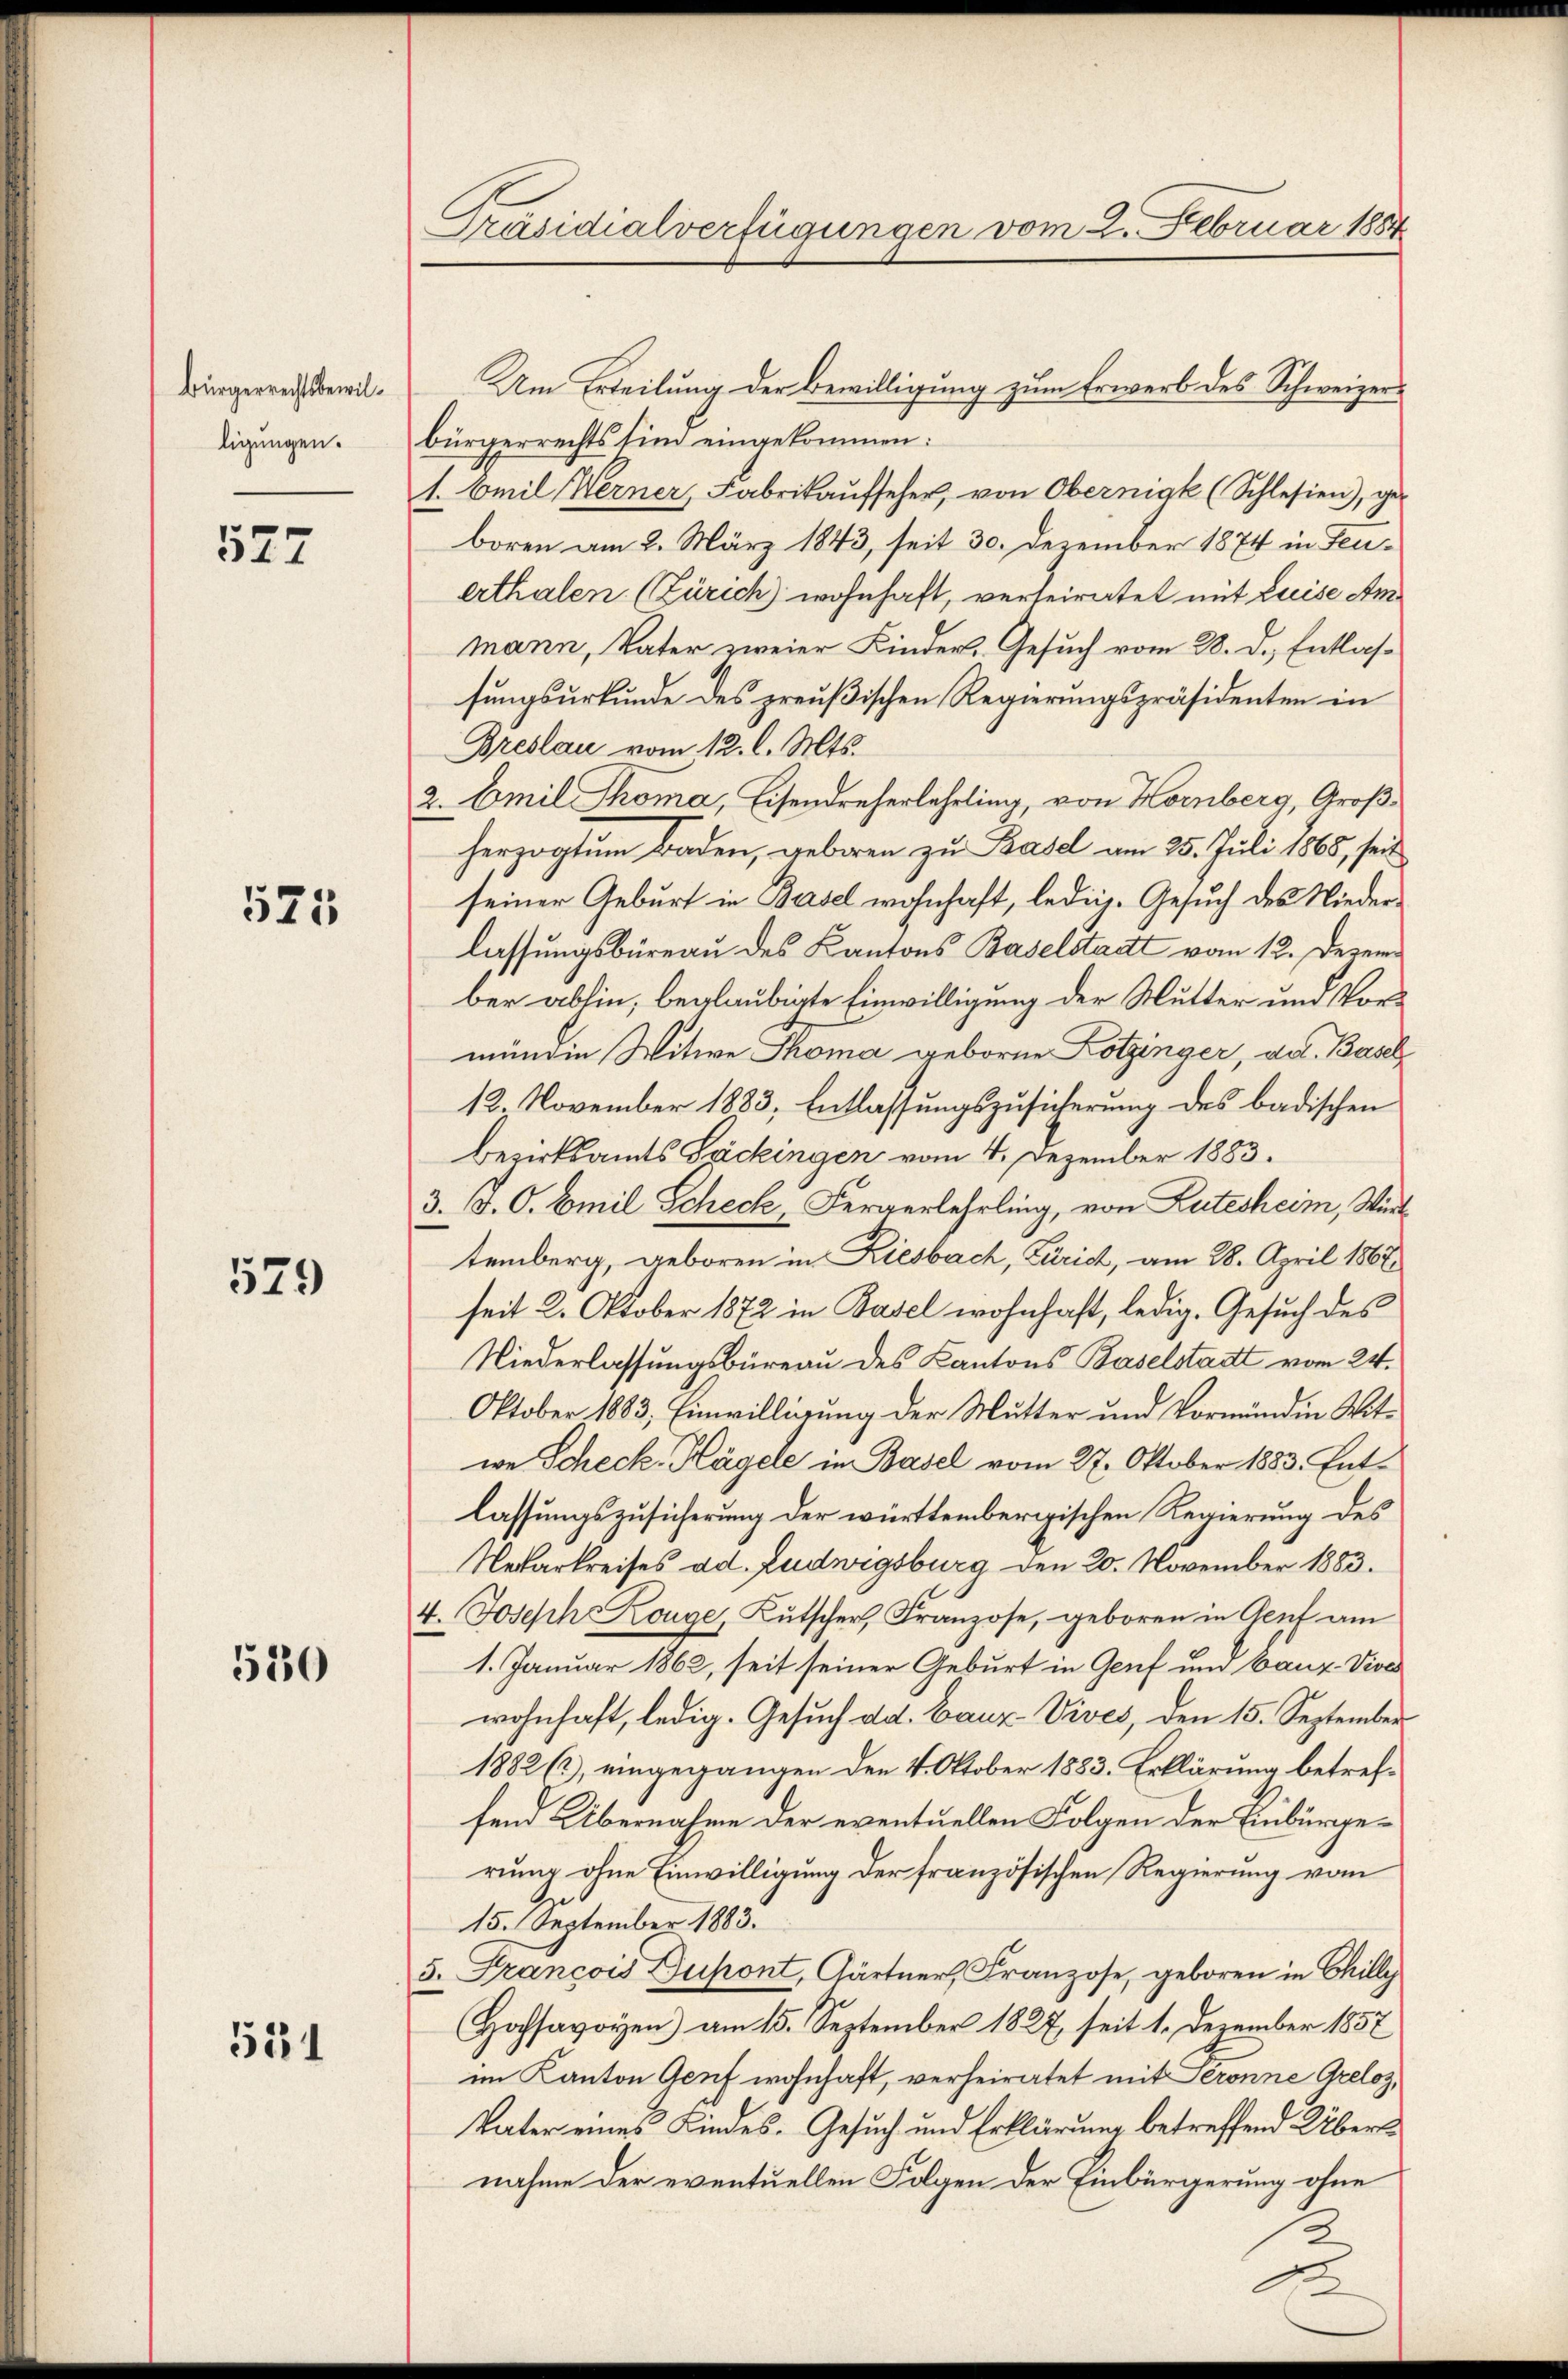
Bürgerrechtsbewilligungen.

527

525

579

530

531

Präsidialverfügungen vom 2. Februar 1884

Um Erteilung der Bewilligung zum Erwerb des Schweizerbürgerrechts sind eingekommen:
1. Emil Werner, Fabrikaŭfseher, von Oberniak (Schlesien), geboren am 2. März 1843, seit 30. Dezember 1874 in Feuerthalen (Zürich wohnhaft, verheiratet mit Luise Ammann, Vater zweier Kinder. Gesuch vom 28. d. Entlasfungsurkunde des preußischen Regierungspräsidenten in
Breslau vom 12. l. Mts.
2. Emil Thoma, Eisendreherlehrling, von Hornberg, Großherzogtum Baden, geboren zu Basel am 25. Juli 1868, seit
seiner Geburt in Basel wohnhaft, ledig. Gesuch des Niederlassungsbüreau des Kantons Baselstadt vom 12. Dezem
ber abhin, beglaubigte Einwilligung der Mutter und Vormündin Witwe Thoma geborne Lotzinger, dat. Basel
12. November 1883, Entlassungszusicherung des badischen
Bezirksamts Säckingen vom 4. Dezember 1883.
3. J. C. Emil Scheck, Fergerlehrling, von Lutesheim, Wirt
temberg, geboren in Kiesbach, Zürich, am 28. April 1867
seit 2. Oktober 1872 in Basel wohnhaft, ledig. Gesuch des
Niederlassungsbüreau des Kantons Baselstadt vom 24.
Oktober 1883. Einwilligung der Mutter und Vormündin Mitwe Scheck. Hagele in Basel vom 27. Oktober 1883. Entlassungszusicherung der württembergischen Regierung des
Nekarkreises ad. Ludwigsburg den 20. November 1883.
4. Joseph Konze Kŭtscher, Franzose, geboren in Genf am
1. Januar 1862, seit seiner Geburt in Genf und Bauz-Vive
wohnhaft, ledig. Gesuch dd. Bauz-Vives, den 15. September
1882 (2), eingegangen den 4. Oktober 1883. Erklärung betreffend Übernahme der eventuellen Folgen der Einbürgerung ohne Einwilligung der französischen Regierung vom
15. September 1883.
5. Francois Dupont, Gärtner Franzose, geboren in Chilly
Hohsavoyen) am 15. September 1827, seit 1. Dezember 1857
im Kanton Genf wohnhaft, verheiratet mit Seronne Greloz,
Vater eines Kindes. Gesuch und Erklärung betreffend Übersnahme der eventuellen Folgen der Einbürgerung ohne
2.